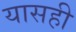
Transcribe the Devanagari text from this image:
यासही